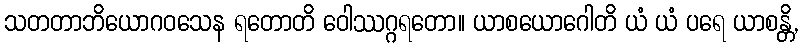
သတတာဘိယောဂဝသေန ရတောတိ ဝေါဿဂ္ဂရတော။ ယာစယောဂေါတိ ယံ ယံ ပရေ ယာစန္တိ,